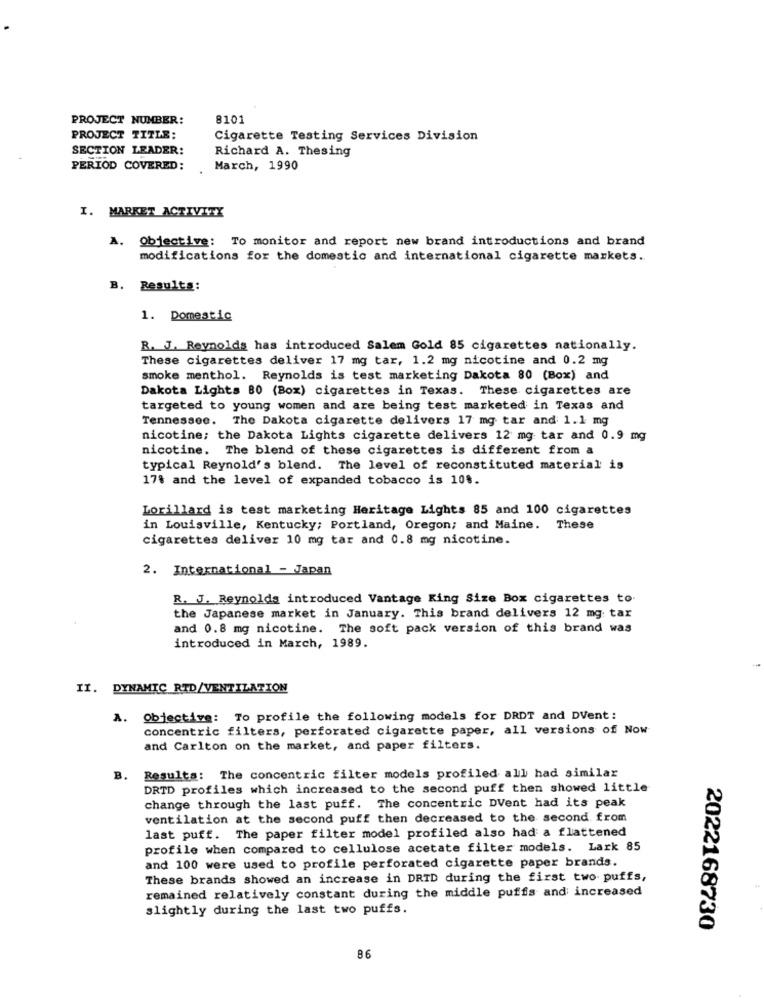
PROJECT NUMBER:
8101
PROJECT TITLE:
Cigarette Testing Services Division
SECTION LEADER:
Richard A. Thesing
PERIOD COVERED:
March, 1990
I. MARKET ACTIVITY
A. Objective: To monitor and report new brand introductions and brand
modifications for the domestic and international cigarette markets.
B. Results:
1. Domestic
R. J. Reynolds has introduced Salem Gold 85 cigarettes nationally.
These cigarettes deliver 17 mg tar, 1.2 mg nicotine and 0.2 mg
smoke menthol. Reynolds is test marketing Dakota 80 (Box) and
Dakota Lights 80 (Box) cigarettes in Texas. These cigarettes are
targeted to young women and are being test marketed in Texas and
Tennessee. The Dakota cigarette delivers 17 mg tar and 1.1 mg
nicotine; the Dakota Lights cigarette delivers 12 mg tar and 0.9 mg
nicotine. The blend of these cigarettes is different from a
typical Reynold's blend. The level of reconstituted material is
17% and the level of expanded tobacco is 10%.
Lorillard is test marketing Heritage Lights 85 and 100 cigarettes
in Louisville, Kentucky; Portland, Oregon; and Maine. These
cigarettes deliver 10 mg tar and 0.8 mg nicotine.
2. International - Japan
R. J. Reynolds introduced Vantage King Size Box cigarettes to.
the Japanese market in January. This brand delivers 12 mg tax
and 0.8 mg nicotine. The soft pack version of this brand was
introduced in March, 1989.
II. DYNAMIC RID/VENTILATION
A. Objective: To profile the following models for DRDT and DVent:
concentric filters, perforated cigarette paper, all versions of Now
and Carlton on the market, and paper filters.
B.
Resulta: The concentric filter models profiled all had similar
DRTD profiles which increased to the second puff then showed little
change through the last puff. The concentric DVent had its peak
ventilation at the second puff then decreased to the second from
last puff. The paper filter model profiled also had a flattened
profile when compared to cellulose acetate filter models. Lark 85
and 100 were used to profile perforated cigarette paper brands.
These brands showed an increase in DRTD during the first two puffs,
remained relatively constant during the middle puffs and increased
slightly during the last two puffs.
2022168730
86